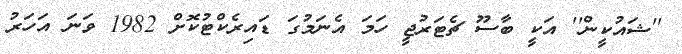
''ޝައުކީން'' އަކީ ބާސޫ ޗެޓަރުޖީ ހަމަ އެނަމުގަ ޑައިރެކްޓުކޮށް 1982 ވަނަ އަހަރު